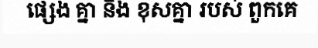
ផ្សេង គ្នា និង ខុសគ្នា របស់ ពួកគេ